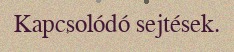
Kapcsolódó sejtések.